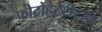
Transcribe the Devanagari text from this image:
फोटोहेटेरोट्राफ